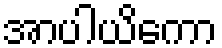
အာပါယိကော